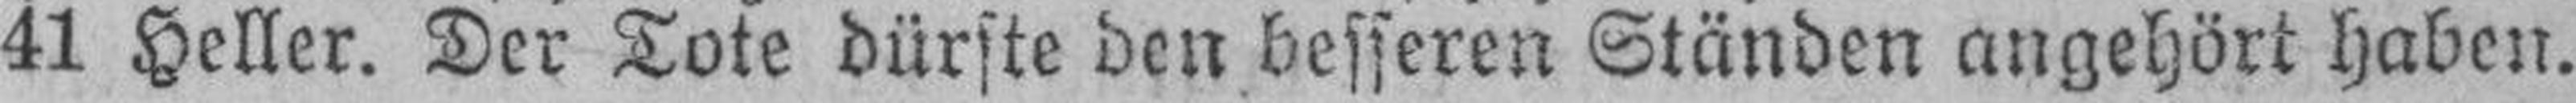
41 Heller. Der Tote dürste den besseren Ständen angehört haben.